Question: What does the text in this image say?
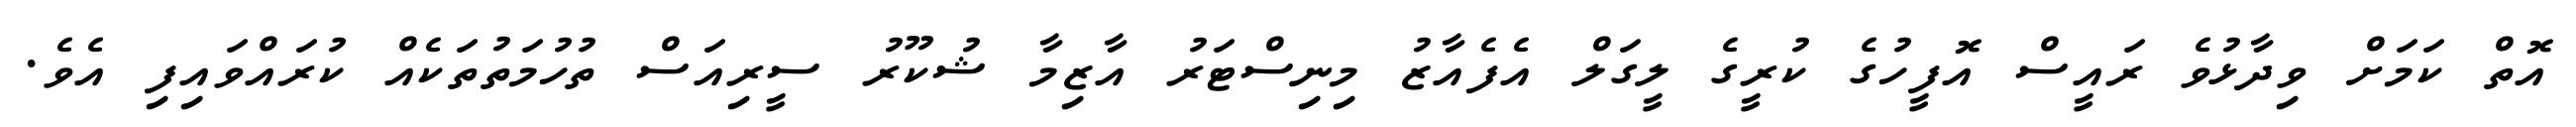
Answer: އޮތް ކަމަށް ވިދާޅުވެ ރައީސް އޮފީހުގެ ކުރީގެ ލީގަލް އެފެއާޒު މިނިސްޓަރު އާޒިމާ ޝުކޫރު ސީރިއަސް ތުހުމަތުތަކެއް ކުރައްވައިފި އެވެ.